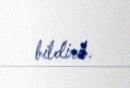
bildirib.